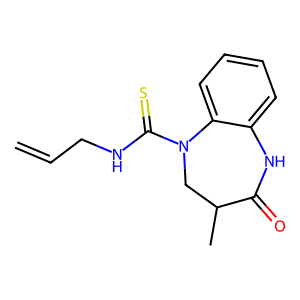
SMILES: C=CCNC(=S)N1CC(C)C(=O)Nc2ccccc21
Inhibits HIV replication: No